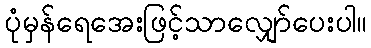
ပုံမှန်ရေအေးဖြင့်သာလျှော်ပေးပါ။